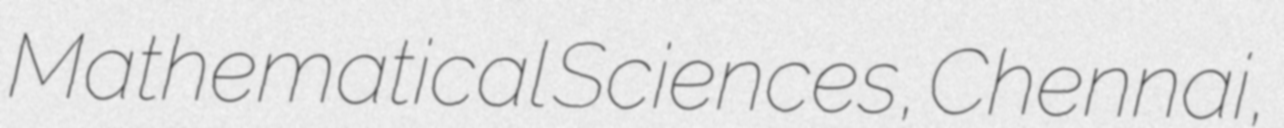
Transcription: Mathematical Sciences, Chennai,